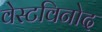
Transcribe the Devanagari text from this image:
वेस्टविनोद